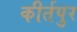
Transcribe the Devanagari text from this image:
कीर्तपुर